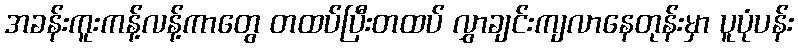
အခန်းကူးကန့်လန့်ကာတွေ တထပ်ပြီးတထပ် လွှာချင်းကျလာနေတုန်းမှာ ပူပုံပန်း